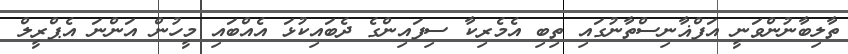
ތާލިބާނުންވަނީ އަފްޣާނިސްތާނުގައި ތިބި އެމެރިކާ ސިފައިންގެ ދެބައިކުޅަ އެއްބައި މީހުން އަންނަ އެޕްރީލް